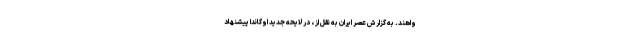
واهند. به گزارش عصر ایران به نقل از ، در لایحه جدید اوگاندا پیشنهاد